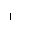
Letter: _alif